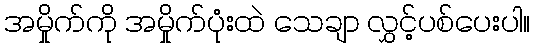
အမှိုက်ကို အမှိုက်ပုံးထဲ သေချာ လွှင့်ပစ်ပေးပါ။